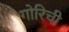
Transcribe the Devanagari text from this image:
गोरिची